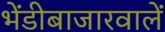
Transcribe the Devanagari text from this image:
भेंडीबाजारवालें